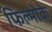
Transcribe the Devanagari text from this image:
फिल्मोके